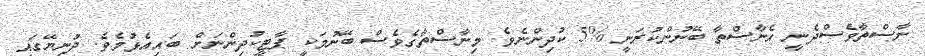
ނާސްތާވެސްދެނީ އެނާސްތާ ބޭނުންކުރަނީ %5 ކުދިންނެވެ. މިނާސްތާގެވެސް ބޭނުމަކީ ޕާޓީކުދިންނަށް ބައިއެޅުމެވެ. ދުނިޔޭގައި